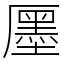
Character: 㕓